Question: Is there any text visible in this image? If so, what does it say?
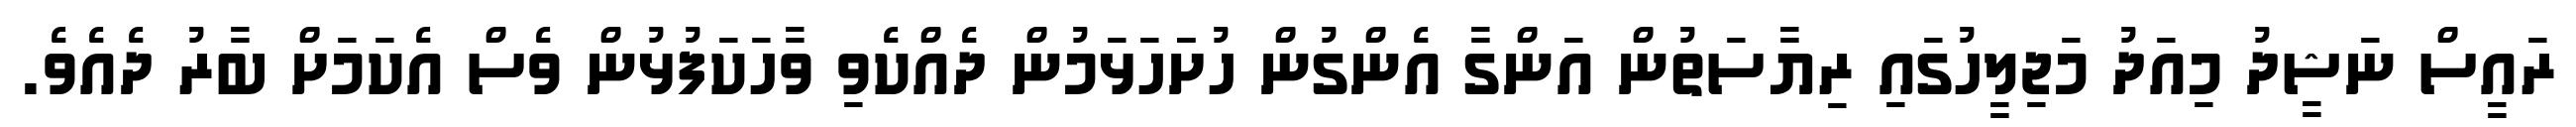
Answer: ރައީސް ނަޝީދު މިއަދު މަޖިލީހުގައި ރިޔާސަތުން އަންގާ އެންގުން ހުށަަހަޅަމުން ދެއްކެވި ވާހަކަފުޅުން ވެސް އެކަމަށް ބާރު ދެއެވެ.